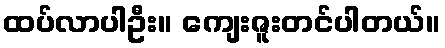
ထပ်လာပါဦး။ ကျေးဇူးတင်ပါတယ်။